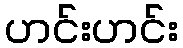
ဟင်းဟင်း